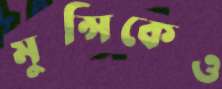
মুন্সিকেও